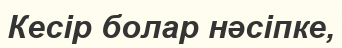
Кесір болар нәсіпке,